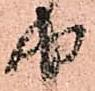
由